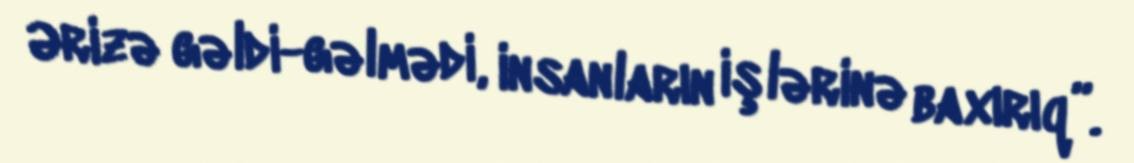
Ərizə gəldi-gəlmədi, insanların işlərinə baxırıq”.